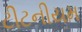
ટીટનીયમ